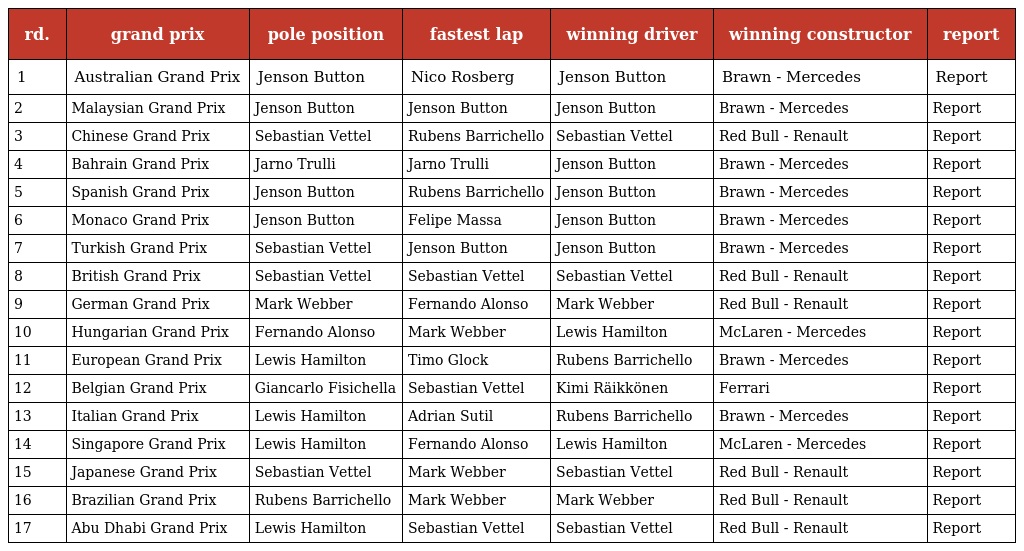
| rd. | grand prix | pole position | fastest lap | winning driver | winning constructor | report |
 | --- | --- | --- | --- | --- | --- | --- |
 | 1 | Australian Grand Prix | Jenson Button | Nico Rosberg | Jenson Button | Brawn - Mercedes | Report |
 | 2 | Malaysian Grand Prix | Jenson Button | Jenson Button | Jenson Button | Brawn - Mercedes | Report |
 | 3 | Chinese Grand Prix | Sebastian Vettel | Rubens Barrichello | Sebastian Vettel | Red Bull - Renault | Report |
 | 4 | Bahrain Grand Prix | Jarno Trulli | Jarno Trulli | Jenson Button | Brawn - Mercedes | Report |
 | 5 | Spanish Grand Prix | Jenson Button | Rubens Barrichello | Jenson Button | Brawn - Mercedes | Report |
 | 6 | Monaco Grand Prix | Jenson Button | Felipe Massa | Jenson Button | Brawn - Mercedes | Report |
 | 7 | Turkish Grand Prix | Sebastian Vettel | Jenson Button | Jenson Button | Brawn - Mercedes | Report |
 | 8 | British Grand Prix | Sebastian Vettel | Sebastian Vettel | Sebastian Vettel | Red Bull - Renault | Report |
 | 9 | German Grand Prix | Mark Webber | Fernando Alonso | Mark Webber | Red Bull - Renault | Report |
 | 10 | Hungarian Grand Prix | Fernando Alonso | Mark Webber | Lewis Hamilton | McLaren - Mercedes | Report |
 | 11 | European Grand Prix | Lewis Hamilton | Timo Glock | Rubens Barrichello | Brawn - Mercedes | Report |
 | 12 | Belgian Grand Prix | Giancarlo Fisichella | Sebastian Vettel | Kimi Räikkönen | Ferrari | Report |
 | 13 | Italian Grand Prix | Lewis Hamilton | Adrian Sutil | Rubens Barrichello | Brawn - Mercedes | Report |
 | 14 | Singapore Grand Prix | Lewis Hamilton | Fernando Alonso | Lewis Hamilton | McLaren - Mercedes | Report |
 | 15 | Japanese Grand Prix | Sebastian Vettel | Mark Webber | Sebastian Vettel | Red Bull - Renault | Report |
 | 16 | Brazilian Grand Prix | Rubens Barrichello | Mark Webber | Mark Webber | Red Bull - Renault | Report |
 | 17 | Abu Dhabi Grand Prix | Lewis Hamilton | Sebastian Vettel | Sebastian Vettel | Red Bull - Renault | Report |